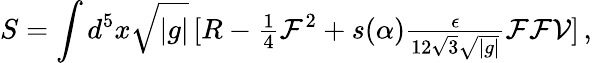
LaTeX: S=\int d^{5}x\sqrt{|g|}\, [R-{\textstyle\frac{1}{4}}\mathcal{F}^{2}+s(\alpha){\textstyle\frac{\epsilon}{12\sqrt{3}\sqrt{|g|}}}\mathcal{F}\mathcal{F}\mathcal{V}]\, ,